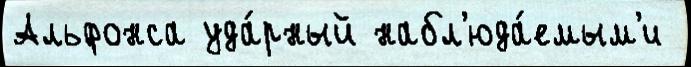
Альфонса уда́рный набл'юда́емым'и